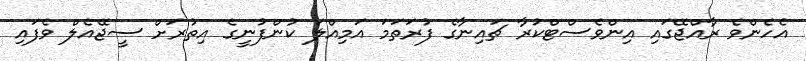
އެހެންވެ ރާއްޖޭގައި އިންވެސްޓްކުރާ ޗައިނާގެ ފުރަތަމަ އަމިއްލަ ކުންފުނީގެ އިތުރަށް ސީޖޭއެލް ވެފައި